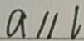
a / / l